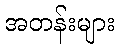
အတန်းများ